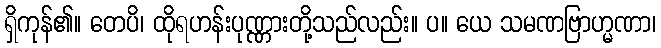
ရှိကုန်၏။ တေပိ၊ ထိုရဟန်းပုဏ္ဏားတို့သည်လည်း။ ပ။ ယေ သမဏဗြာဟ္မဏာ၊